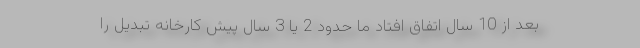
بعد از 10 سال اتفاق افتاد ما حدود 2 یا 3 سال پیش کارخانه تبدیل را